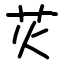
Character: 苂